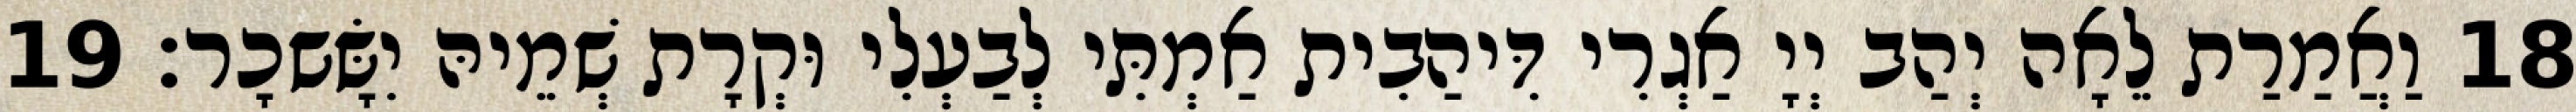
18 וַאֲמַרַת לֵאָה יְהַב יְיָ אַגְרִי דִּיהַבִית אַמְתִּי לְבַעְלִי וּקְרָת שְׁמֵיהּ יִשָּׂשכָר׃ 19